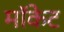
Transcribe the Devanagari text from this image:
मॉकेट